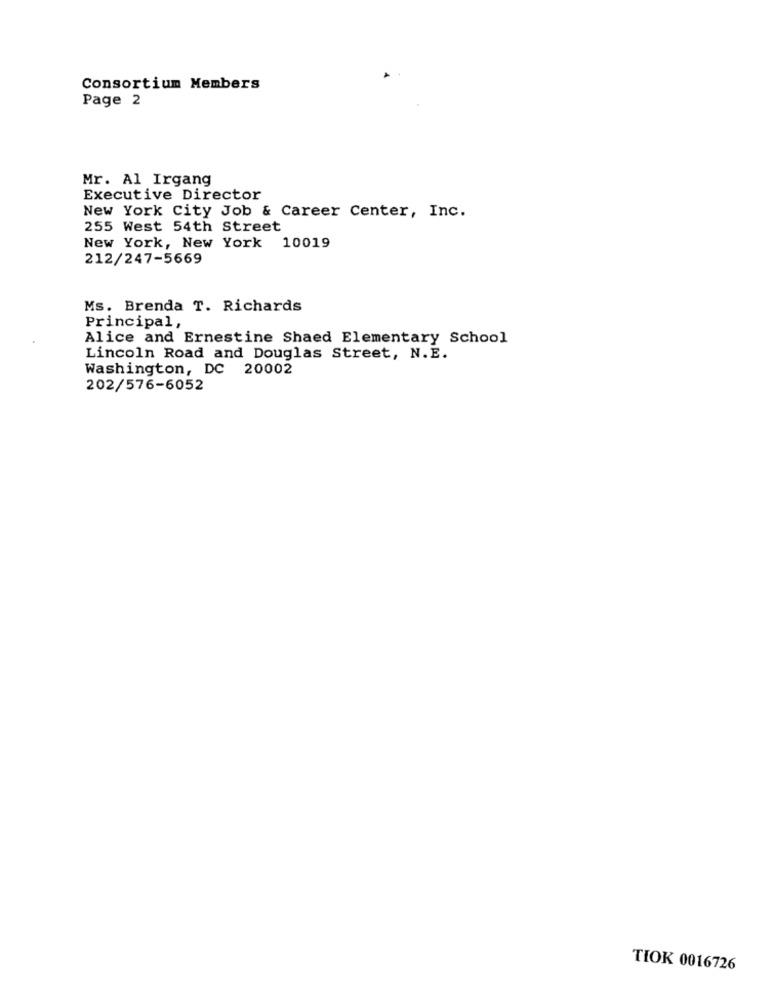
Consortium Members
Page 2
Mr. Al Irgang
Executive Director
New York City Job & Career Center, Inc.
255 West 54th Street
New York, New York 10019
212/247-5669
Ms. Brenda T. Richards
Principal,
Alice and Ernestine Shaed Elementary School
Lincoln Road and Douglas Street, N.E.
Washington, DC 20002
202/576-6052
TIOK 0016726